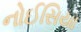
નોઈસિયા